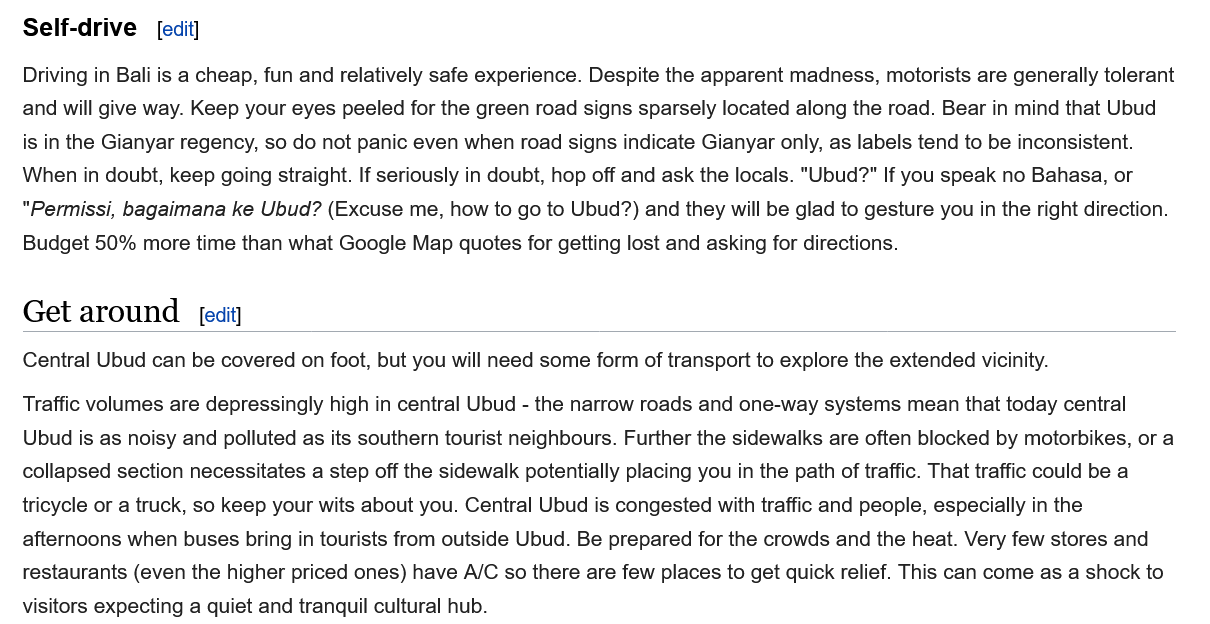
Self-drive
   Get  around    [edit]
     [edit]
   Driving in Bali is a cheap, fun and relatively safe experience. Despite the apparent madness, motorists are generally tolerant
   and will give way. Keep your eyes peeled for the green road signs sparsely located along the road. Bear in mind that Ubud
   is in the Gianyar regency, so do not panic even when road signs indicate Gianyar only, as labels tend to be inconsistent.
   When in doubt, keep going straight. If seriously in doubt, hop off and ask the locals. "Ubud?" If you speak no Bahasa, or
   "Permissi, bagaimana ke Ubud? (Excuse me, how to go to Ubud?) and they will be glad to gesture you in the right direction.
   Budget 50% more time than what Google Map quotes for getting lost and asking for directions.
   Traffic volumes are depressingly high in central Ubud
     -
     the narrow roads and one-way systems mean that today central
   Ubud is as noisy and polluted as its southern tourist neighbours. Further the sidewalks are often blocked by motorbikes, or a
   collapsed section necessitates a step off the sidewalk potentially placing you in the path of traffic. That traffic could be a
   tricycle or a truck, so keep your wits about you. Central Ubud is congested with traffic and people, especially in the
   afternoons when buses bring in tourists from outside Ubud. Be prepared for the crowds and the heat. Very few stores and
   restaurants (even the higher priced ones) have A/C so there are few places to get quick relief. This can come as a shock to
   visitors expecting a quiet and tranquil cultural hub.
   Central Ubud can be covered on foot, but you will need some form of transport to explore the extended vicinity.